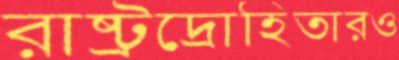
রাষ্ট্রদ্রোহিতারও